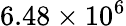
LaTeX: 6.48\times 10^{6}